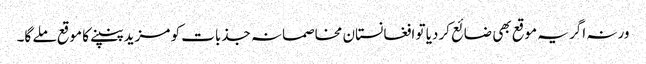
ورنہ اگر یہ موقع بھی ضائع کردیا تو افغانستان مخاصمانہ جذبات کو مزید پنپنے کا موقع ملے گا۔